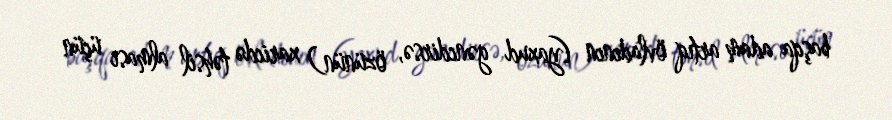
başqa adam artıq övladının (yaxud gəncdirsə, özünün) xaricdə təhsil alması üçün